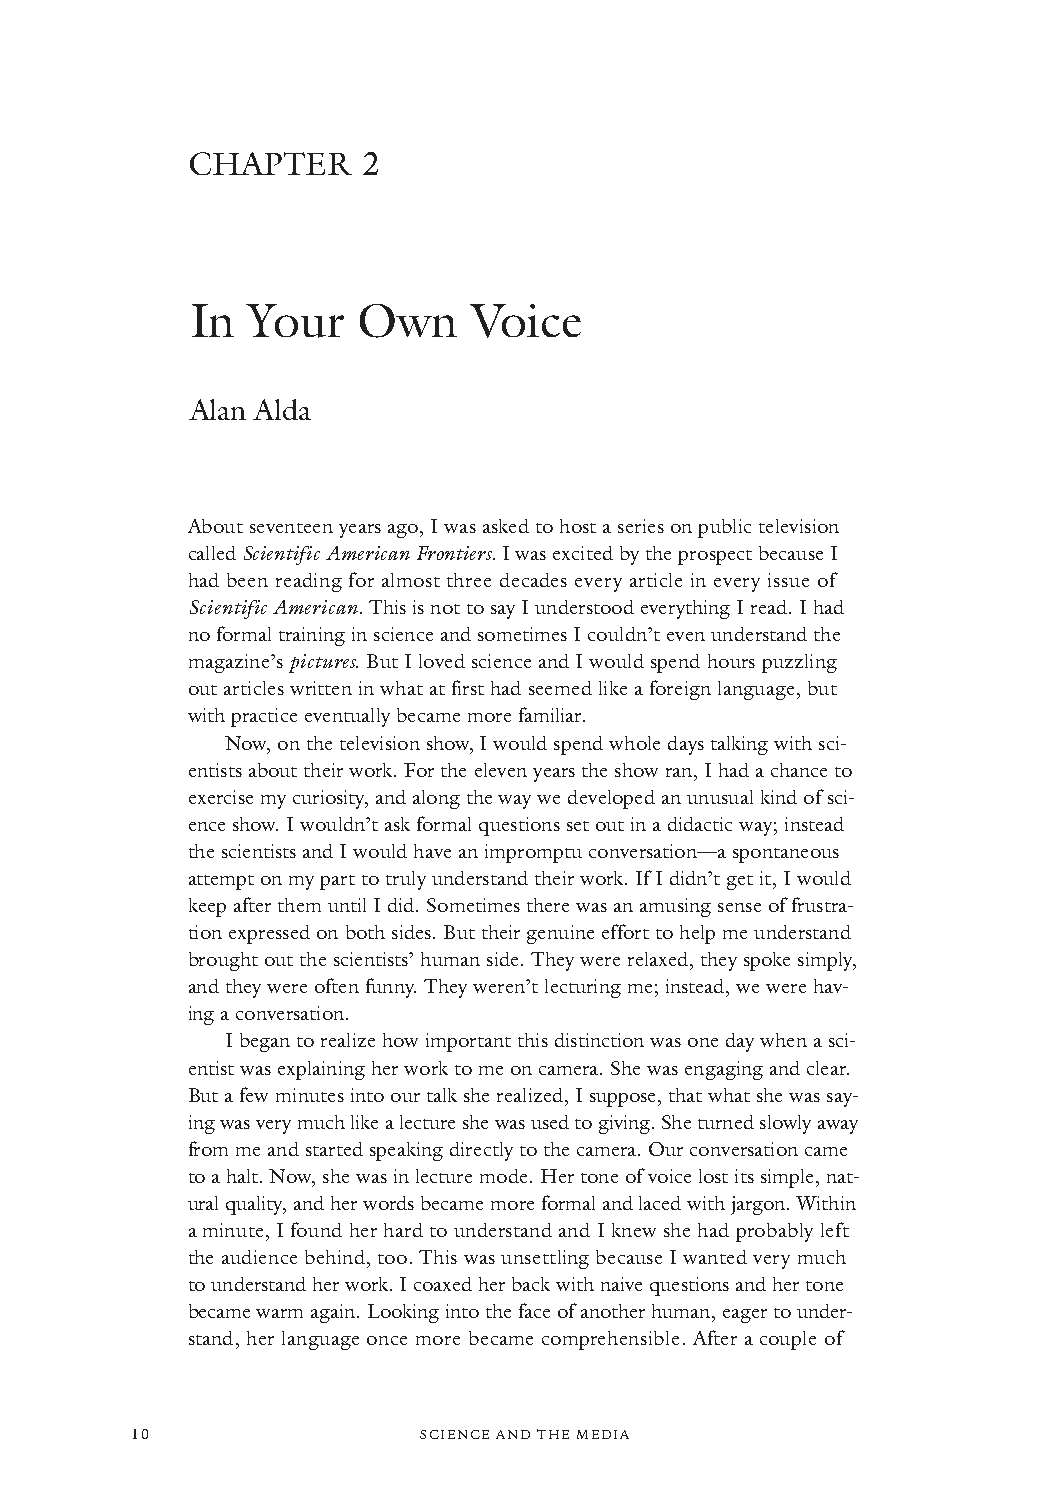
CHAPTER     2
 In Your    Own    Voice
 Alan Alda
 About seventeen years ago, I was asked to host a series on public television
 called Scientific American Frontiers. I was excited by the prospect because I
 had been reading for almost three decades every article in every issue of
 Scientific American.This is not to say I understood everything I read. I had
 no formal training in science and sometimes I couldn’t even understand the
 magazine’s pictures. But I loved science and I would spend hours puzzling
 out articles written in what at first had seemed like a foreign language,but
 with practice eventually became more familiar.
 Now, on the television show, I would spend whole days talking with sci-
 entists about their work. For the eleven years the show ran, I had a chance to
 exercise my curiosity, and along the way we developed an unusual kind of sci-
 ence show. I wouldn’t ask formal questions set out in a didactic way; instead
 the scientists and I would have an impromptu conversation—a spontaneous
 attempt on my part to truly understand their work. If I didn’t get it, I would
 keep after them until I did. Sometimes there was an amusing sense of frustra-
 tion expressed on both sides. But their genuine effort to help me understand
 brought out the scientists’ human side. They were relaxed, they spoke simply,
 and they were often funny. They weren’t lecturing me; instead, we were hav-
 ing a conversation.
 I began to realize how important this distinction was one day when a sci-
 entist was explaining her work to me on camera. She was engaging and clear.
 But a few minutes into our talk she realized, I suppose, that what she was say-
 ing was very much like a lecture she was used to giving. She turned slowly away
 from me and started speaking directly to the camera. Our conversation came
 to a halt. Now, she was in lecture mode. Her tone of voice lost its simple, nat-
 ural quality, and her words became more formal and laced with jargon. Within
 a minute, I found her hard to understand and I knew she had probably left
 the audience behind, too. This was unsettling because I wanted very much
 to understand her work.I coaxed her back with naive questions and her tone
 became warm again. Looking into the face of another human, eager to under-
 stand, her language once more became comprehensible. After a couple of
 10                 SSCCIIEENNCCEE AANNDD TTHHEE MMEEDDIIAA